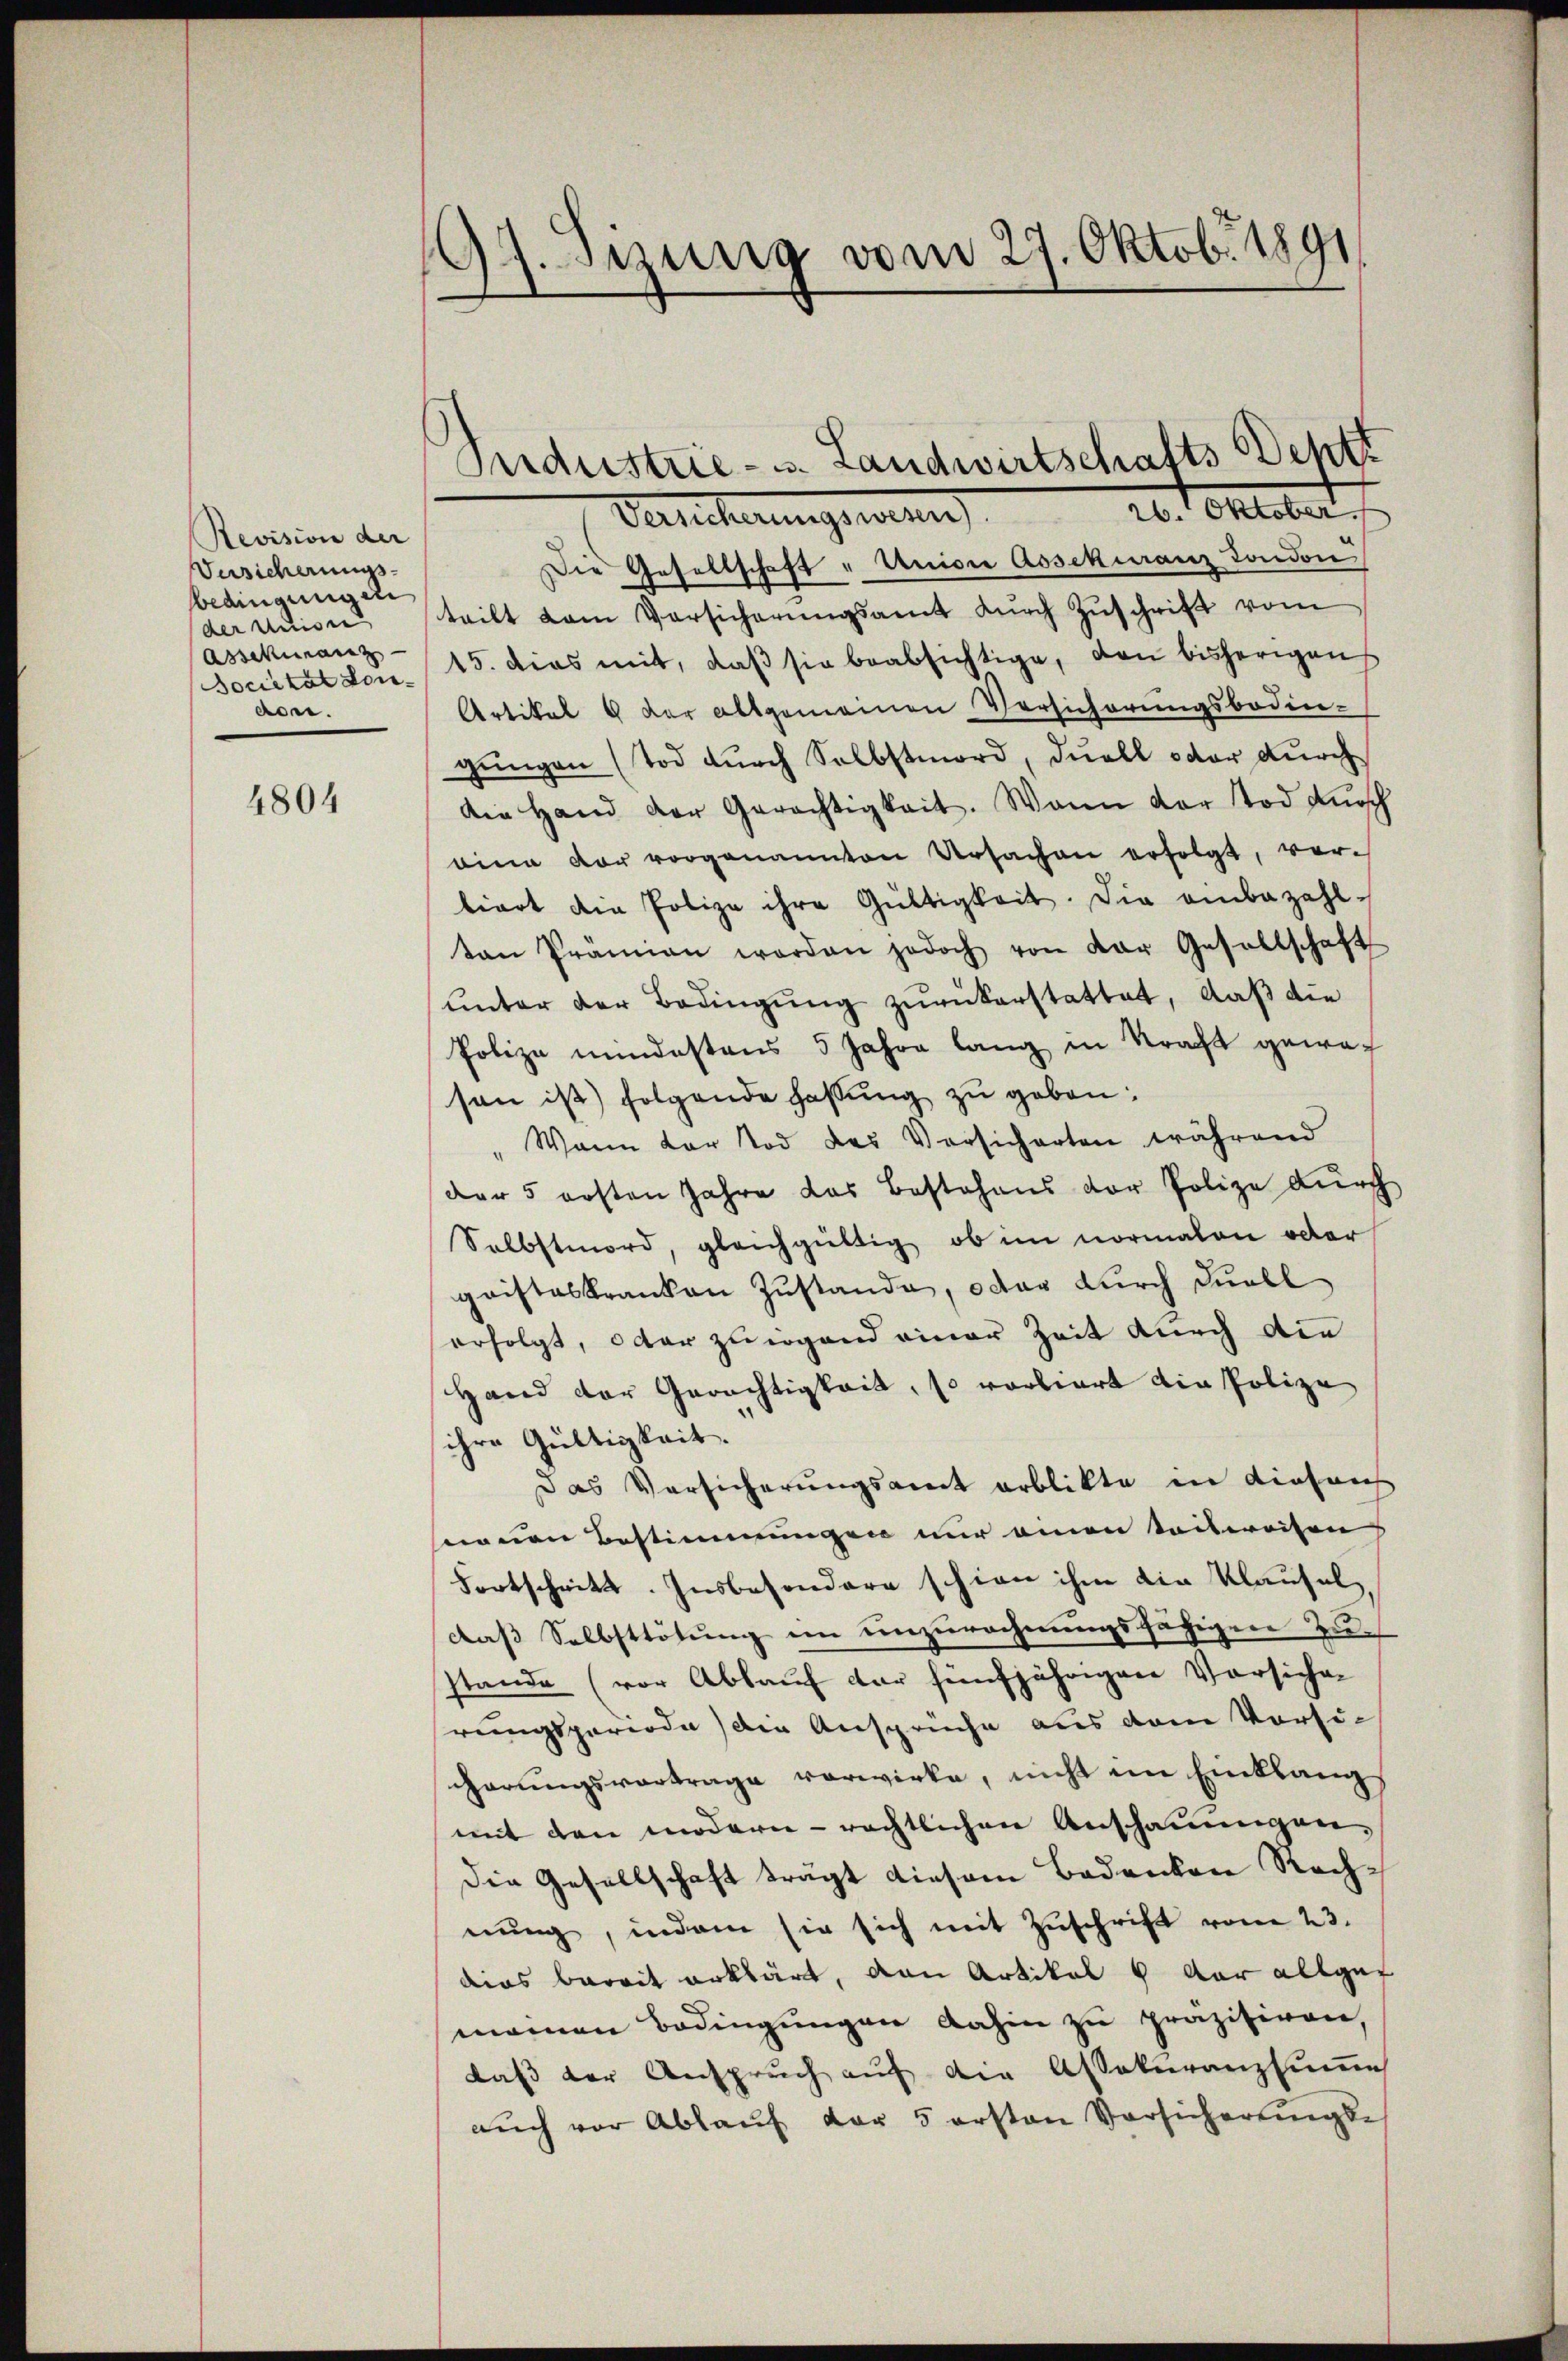
Revision der |
Versicherungs-
bedingungen
der nuisi
Assekuranz
don.

4804

197. Sizung vom 27. Oktobr. 1891

26. Oktober.
Versicherungsnien
Die Gesellschaft "Univer Assekuranz London
teilt vom Vorsicherŭngsamt dŭrch Zŭschrift vom
Societat von 15. dies mit, daβ sie beabsichtige, den bisherigen
Artikel 8 der allgemeinen Versicherungsboden-
gungen (Tod durch Selbstmord, duell oder durch
Die Hand der Gerächtigkeit. Wann der Tod Aussch
eine der vorgenannten Ursachen erfolgt, verbiert die Polize ihre Gültigkeit. Die einbezahlton Prämien worden jedoch von der Gesellschaft
unter der Bedingung zurückerstattet, daß die
Polize mindestens 5 Jahre lang in Kraft geweson ist) folgende Fassung zu geben:
" Wann dar tod des Versicherten während
der 5 ersten Jahre das Bestehens der Polize durch
Selbstmord, gleichgültig, ob im normalen oder
gaisteskranken Zustande, oder durch Duell
erfolgt, oder zu irgend einer Zeit durch die
Hand der Gerichtigkeit, so vorliert die Polize
ihre Gültigkeit.
das Versicherungsamt erblikte in diesenh
senen Bestimmungen nur einen teilweisen
Fortschritt. Insbesondere schien ihm die Klausel,
daß Selbsttötung im unzurechnungsfähigen Zustande (vor Ablauf der fünfjährigen Vorsichen
hrungsperiode die Ansprüche aus dem Vorsischerungsvortrage verwirke, nicht im Einklang
mit den modern rechtlichen Anschauungen,
Die Gesellschaft trägt diesem Bodenken Rechnŭng, indem sie sich mit Zŭschrift vom 23.
dies bereit erklärt, den Artikel 8 der allgef
manen Bedingungen dahin zu präzisiren,
daß der Anspruch auf die Assekuranzsum
aŭch vor Ablaŭf der 5 ersten Vorsicherungs¬

Sudustrie- u. Landwirtschafts Sept